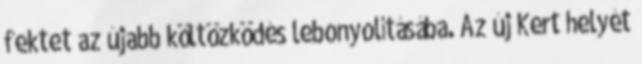
fektet az újabb költözködés lebonyolításába. Az új Kert helyét